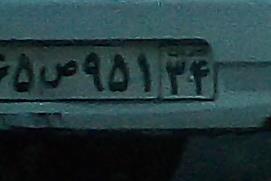
۶۵ص۹۵۱۳۴